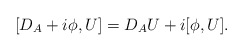
\begin{align*}[D_A+i\phi,U]=D_AU+i[\phi,U].\end{align*}